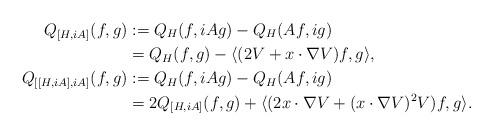
LaTeX: \begin{align*} Q_{[H,iA]}(f,g) &:= Q_H (f,iAg) - Q_H (Af, ig) \\ &= Q_H (f,g) - \langle (2V + x \cdot \nabla V) f , g \rangle ,\\ Q_{[[H,iA],iA]}(f,g) &:= Q_H (f,iAg) - Q_H (Af, ig) \\ &= 2 Q_{[H,iA]}(f,g) + \langle (2 x \cdot \nabla V + (x \cdot \nabla V )^2 V) f , g \rangle . \end{align*}